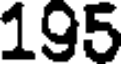
195